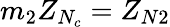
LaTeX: m_{2}Z_{N_{c}}=Z_{N2}